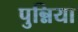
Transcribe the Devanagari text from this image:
पुन्निया